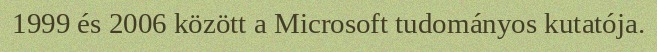
1999 és 2006 között a Microsoft tudományos kutatója.